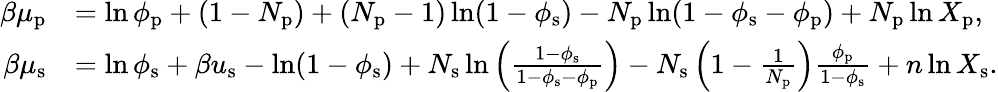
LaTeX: \begin{array}{rl}{\beta\mu_{\mathrm{p}}}&{=\ln\phi_{\mathrm{p}}+(1-N_{\mathrm{p}})+(N_{\mathrm{p}}-1)\ln(1-\phi_{\mathrm{s}})-N_{\mathrm{p}}\ln(1-\phi_{\mathrm{s}}-\phi_{\mathrm{p}})+N_{\mathrm{p}}\ln X_{\mathrm{p}},}\\ {\beta\mu_{\mathrm{s}}}&{=\ln\phi_{\mathrm{s}}+\beta u_{\mathrm{s}}-\ln(1-\phi_{\mathrm{s}})+N_{\mathrm{s}}\ln\left(\frac{1-\phi_{\mathrm{s}}}{1-\phi_{\mathrm{s}}-\phi_{\mathrm{p}}}\right)-N_{\mathrm{s}}\left(1-\frac{1}{N_{\mathrm{p}}}\right)\frac{\phi_{\mathrm{p}}}{1-\phi_{\mathrm{s}}}+n\ln X_{\mathrm{s}}.}\end{array}